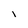
Character: i